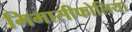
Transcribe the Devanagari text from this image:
मिमासीफोलिया